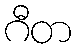
ဂီတ